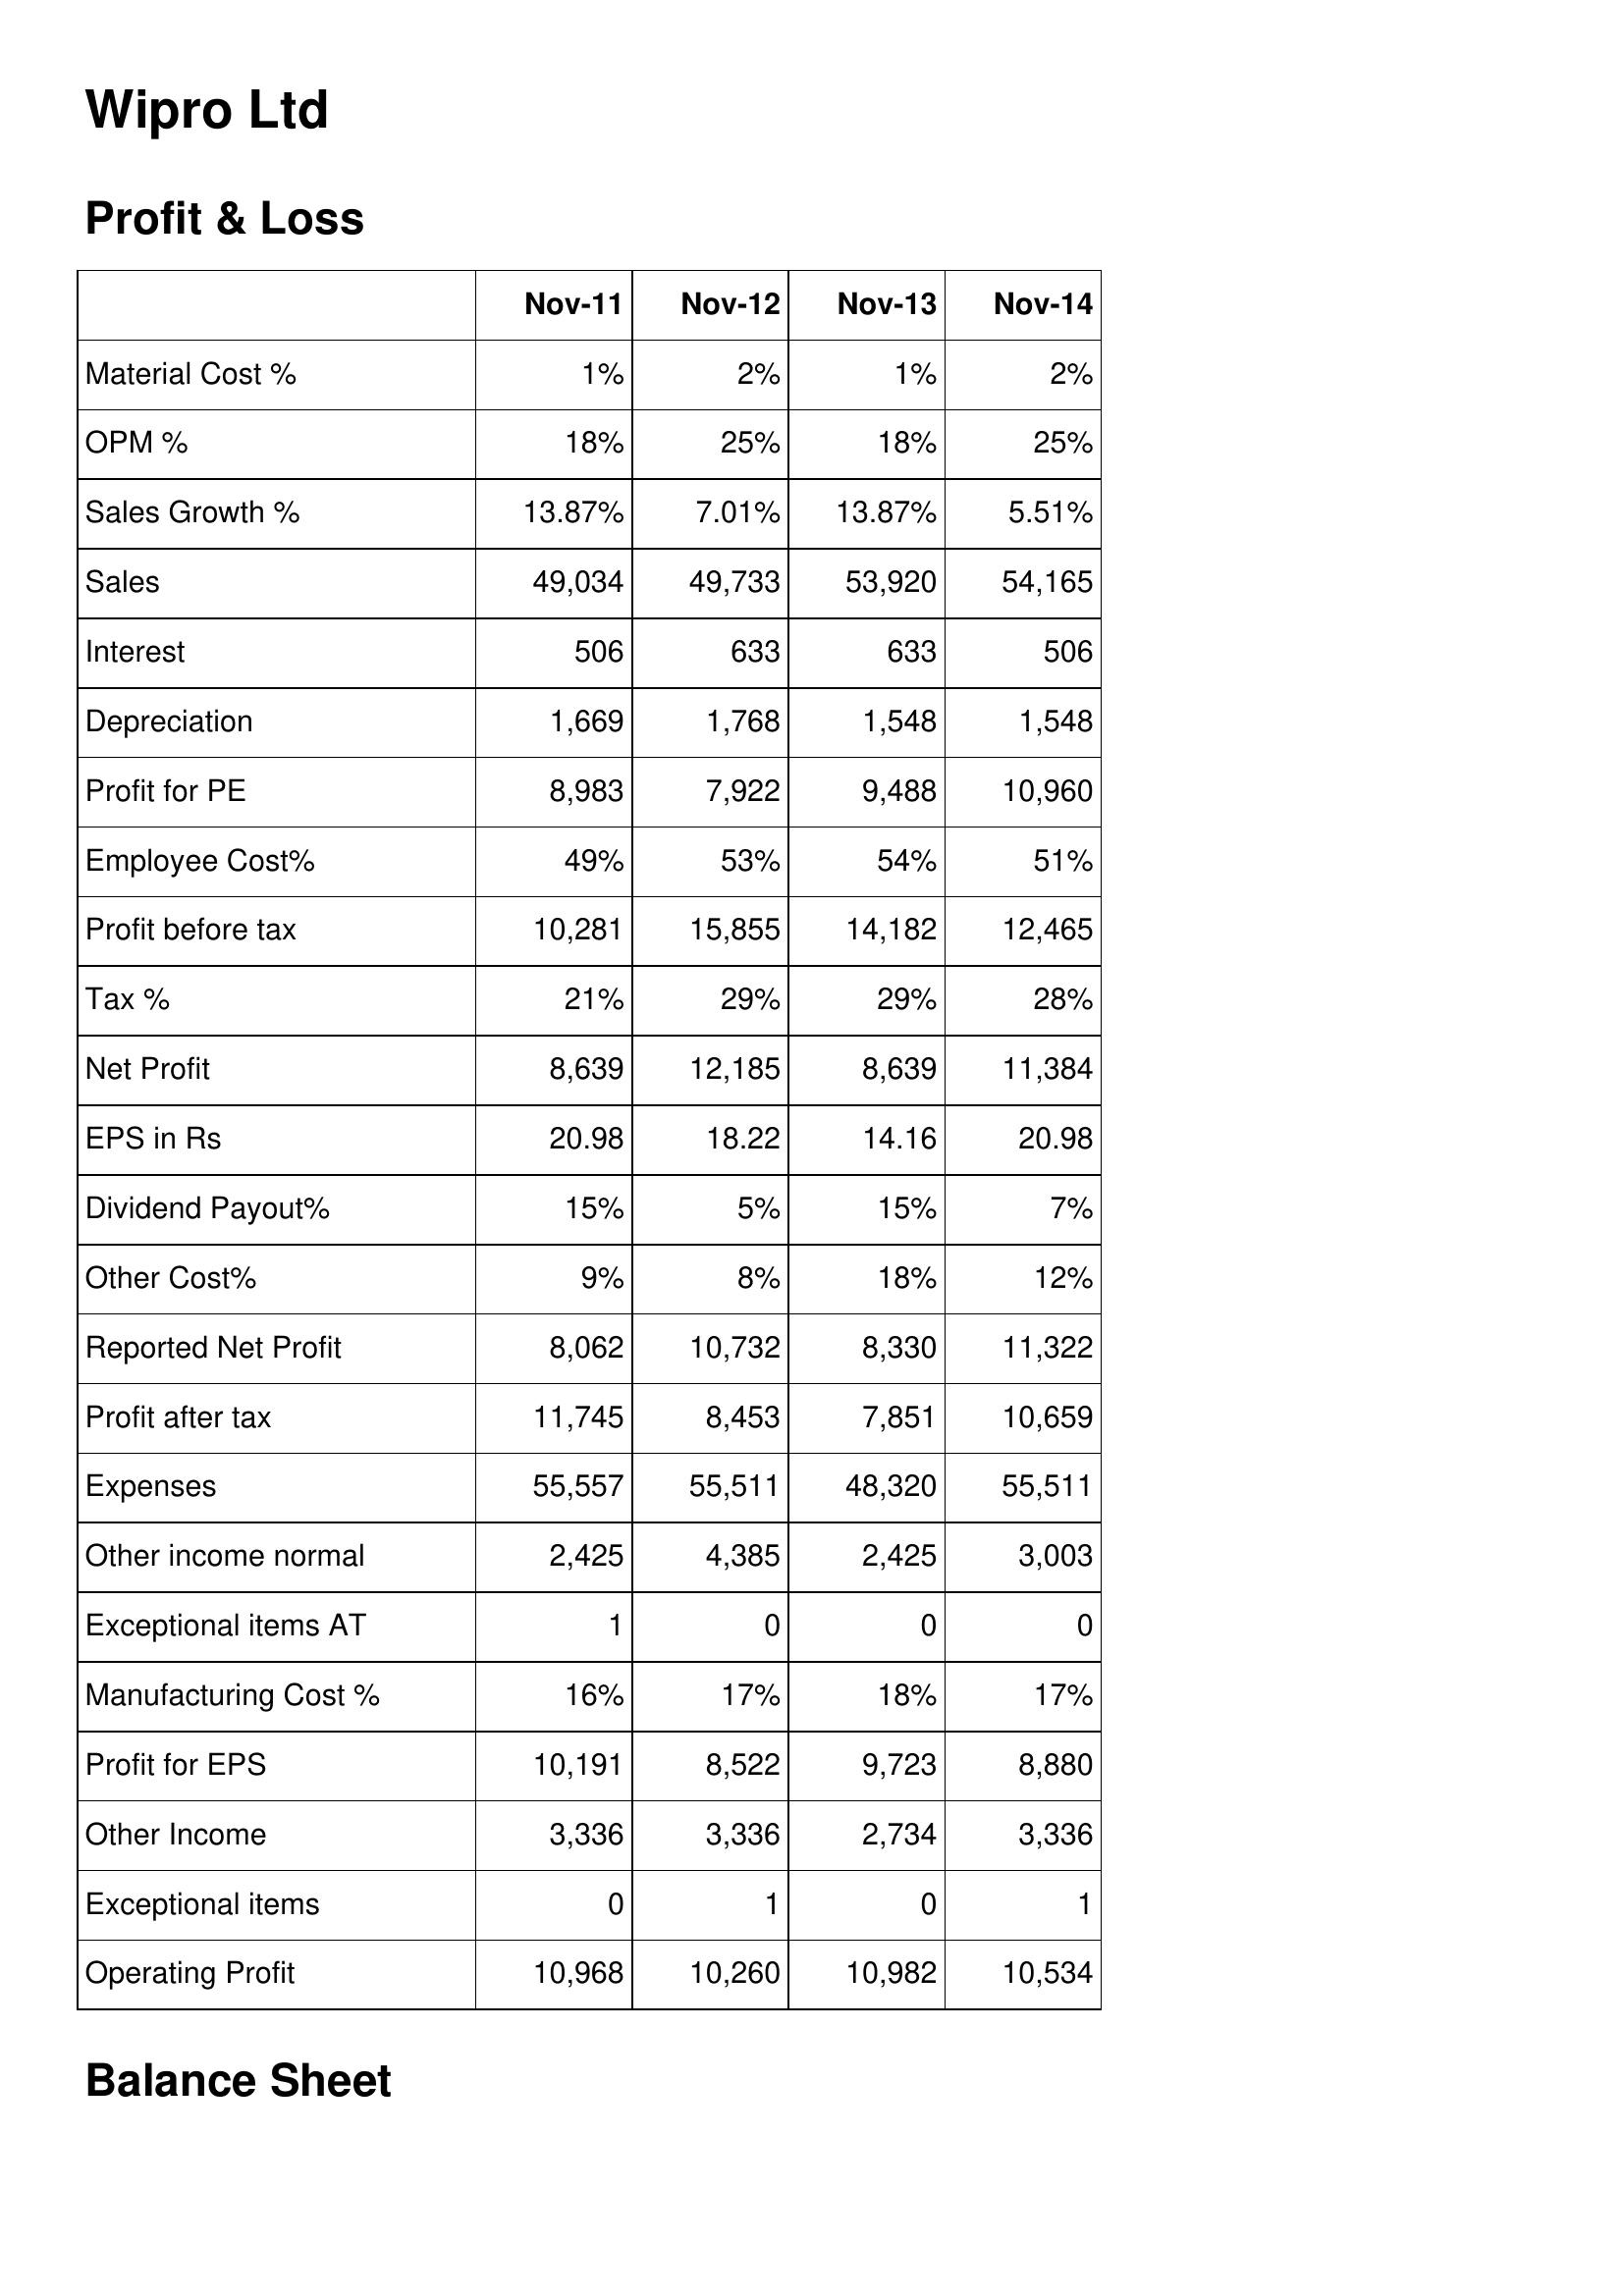
Nov-11: Profit & Loss: Material Cost %: 1%
OPM %: 18%
Sales Growth %: 13.87%
Sales: 49,034
Interest: 506
Depreciation: 1,669
Profit for PE: 8,983
Employee Cost%: 49%
Profit before tax: 10,281
Tax %: 21%
Net Profit: 8,639
EPS in Rs: 20.98
Dividend Payout%: 15%
Other Cost%: 9%
Reported Net Profit: 8,062
Profit after tax: 11,745
Expenses: 55,557
Other income normal: 2,425
Exceptional items AT: 1
Manufacturing Cost %: 16%
Profit for EPS: 10,191
Other Income: 3,336
Exceptional items: 0
Operating Profit: 10,968
Nov-12: Profit & Loss: Material Cost %: 2%
OPM %: 25%
Sales Growth %: 7.01%
Sales: 49,733
Interest: 633
Depreciation: 1,768
Profit for PE: 7,922
Employee Cost%: 53%
Profit before tax: 15,855
Tax %: 29%
Net Profit: 12,185
EPS in Rs: 18.22
Dividend Payout%: 5%
Other Cost%: 8%
Reported Net Profit: 10,732
Profit after tax: 8,453
Expenses: 55,511
Other income normal: 4,385
Exceptional items AT: 0
Manufacturing Cost %: 17%
Profit for EPS: 8,522
Other Income: 3,336
Exceptional items: 1
Operating Profit: 10,260
Nov-13: Profit & Loss: Material Cost %: 1%
OPM %: 18%
Sales Growth %: 13.87%
Sales: 53,920
Interest: 633
Depreciation: 1,548
Profit for PE: 9,488
Employee Cost%: 54%
Profit before tax: 14,182
Tax %: 29%
Net Profit: 8,639
EPS in Rs: 14.16
Dividend Payout%: 15%
Other Cost%: 18%
Reported Net Profit: 8,330
Profit after tax: 7,851
Expenses: 48,320
Other income normal: 2,425
Exceptional items AT: 0
Manufacturing Cost %: 18%
Profit for EPS: 9,723
Other Income: 2,734
Exceptional items: 0
Operating Profit: 10,982
Nov-14: Profit & Loss: Material Cost %: 2%
OPM %: 25%
Sales Growth %: 5.51%
Sales: 54,165
Interest: 506
Depreciation: 1,548
Profit for PE: 10,960
Employee Cost%: 51%
Profit before tax: 12,465
Tax %: 28%
Net Profit: 11,384
EPS in Rs: 20.98
Dividend Payout%: 7%
Other Cost%: 12%
Reported Net Profit: 11,322
Profit after tax: 10,659
Expenses: 55,511
Other income normal: 3,003
Exceptional items AT: 0
Manufacturing Cost %: 17%
Profit for EPS: 8,880
Other Income: 3,336
Exceptional items: 1
Operating Profit: 10,534